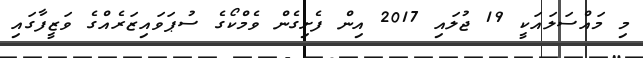
މި މައްސަލައަކީ 19 ޖުލައި 2017 އިން ފެށިގެން ވެމްކޯގެ ސުޕަވައިޒަރެއްގެ ވަޒީފާގައި